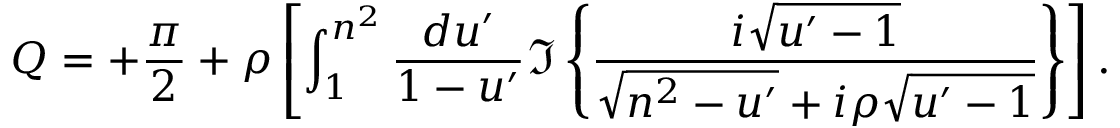
Q = + { \frac { \pi } { 2 } } + \rho \left[ \int _ { 1 } ^ { n ^ { 2 } } { \frac { d u ^ { \prime } } { 1 - u ^ { \prime } } } \Im \left\{ { \frac { i \sqrt { u ^ { \prime } - 1 } } { \sqrt { n ^ { 2 } - u ^ { \prime } } + i \rho \sqrt { u ^ { \prime } - 1 } } } \right\} \right] .